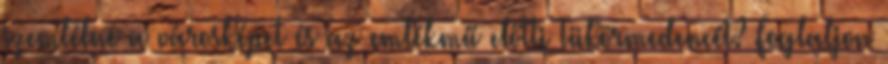
szemlélné a városképet és az emlékmű előtti Tükörmedencét? Foglaljon